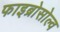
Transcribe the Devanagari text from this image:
फाइब्रोसोल्व